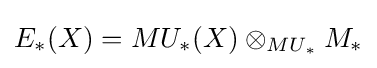
E_{*}(X)=MU_{*}(X)\otimes _{MU_{*}}M_{*}